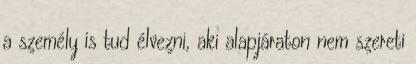
a személy is tud élvezni, aki alapjáraton nem szereti